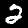
Digit: 2